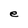
Character: e